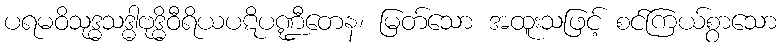
ပရမဝိသုဒ္ဓသဒ္ဓါဗုဒ္ဓိဝီရိယပဋိပဏ္ဍီတေန၊ မြတ်သော အထူးသဖြင့် စင်ကြယ်စွာသော